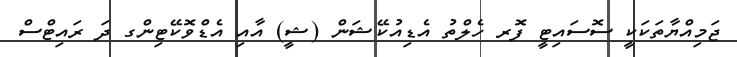
ޖަމިއްޔާތަކަކީ ސޮސައިޓީ ފޮރ ހެލްތު އެޑިއުކޭޝަން (ޝީ) އާއި އެޑްވޮކޭޓިންގ ދަ ރައިޓްސް